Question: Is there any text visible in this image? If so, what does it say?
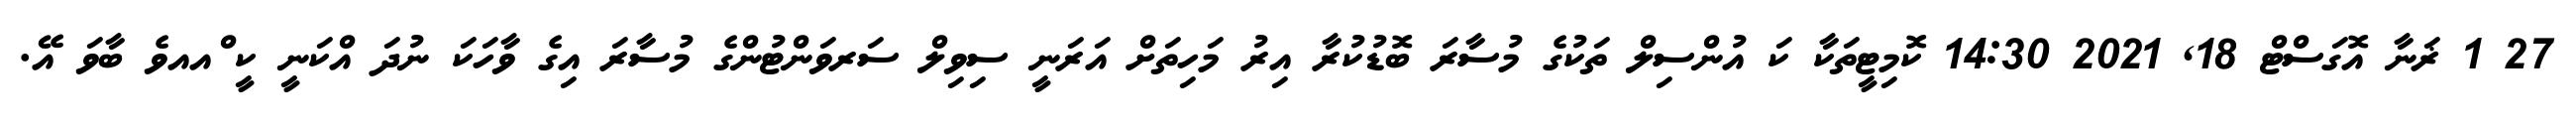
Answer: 27 1 ޜަނާ އޮގަސްޓް 18, 2021 14:30 ކޮމިޓީތަކާ ކަ އުންސިލް ތަކުގެ މުސާރަ ބޮޑުކުރާ އިރު މަހިތަށް އަރަނީ ސިވިލް ސަރވަންޓުންގެ މުސާރަ އިގެ ވާހަކަ ނުދަ އްކަނީ ކީ ްއއވެ ބާވަ އޭ.